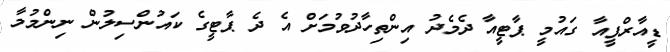
ޑީއާރްޕީއާ ގައުމީ ޕާޓީއާ ދެމެދު އިންތިހާދުވުމަށް އެ ދެ ޕާޓީގެ ކައުންސިލުން ނިންމުމާ